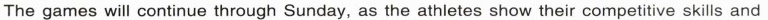
The games will continue through Sunday, as theathletes show their competitive skills and